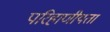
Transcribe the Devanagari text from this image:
परिहाणीयता